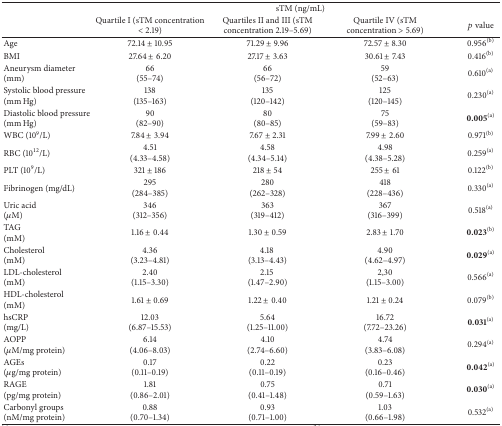
<table><thead><tr><td rowspan="2"><b> </b></td><td colspan="4"><b>sTM (ng/mL)</b></td></tr><tr><td><b>Quartile I (sTM concentration &lt; 2.19)</b></td><td><b>Quartiles II and III (sTM concentration 2.19–5.69)</b></td><td><b>Quartile IV (sTM concentration &gt; 5.69)</b></td><td><b><i>p</i> value</b></td></tr></thead><tbody><tr><td>Age</td><td>72.14 ± 10.95</td><td>71.29 ± 9.96</td><td>72.57 ± 8.30</td><td>0.956<sup>(b)</sup></td></tr><tr><td>BMI</td><td>27.64 ± 6.20</td><td>27.17 ± 3.63</td><td>30.61 ± 7.43</td><td>0.416<sup>(b)</sup></td></tr><tr><td>Aneurysm diameter (mm)</td><td>66(55–74)</td><td>66(56–72)</td><td>59(52–63)</td><td>0.610<sup>(a)</sup></td></tr><tr><td>Systolic blood pressure(mm Hg)</td><td>138(135–163)</td><td>135(120–142)</td><td>125(120–145)</td><td>0.230<sup>(a)</sup></td></tr><tr><td>Diastolic blood pressure(mm Hg)</td><td>90(82–90)</td><td>80(80–85)</td><td>75(59–83)</td><td>0.005<sup>(a)</sup></td></tr><tr><td>WBC (10<sup>9</sup>/L)</td><td>7.84 ± 3.94</td><td>7.67 ± 2.31</td><td>7.99 ± 2.60</td><td>0.971<sup>(b)</sup></td></tr><tr><td>RBC (10<sup>12</sup>/L)</td><td>4.51(4.33–4.58)</td><td>4.58(4.34–5.14)</td><td>4.98(4.38–5.28)</td><td>0.259<sup>(a)</sup></td></tr><tr><td>PLT (10<sup>9</sup>/L)</td><td>321 ± 186</td><td>218 ± 54</td><td>255 ± 61</td><td>0.122<sup>(b)</sup></td></tr><tr><td>Fibrinogen (mg/dL)</td><td>295(284–385)</td><td>280(262–328)</td><td>418(228–436)</td><td>0.330<sup>(a)</sup></td></tr><tr><td>Uric acid(<i>μ</i>M)</td><td>346(312–356)</td><td>363(319–412)</td><td>367(316–399)</td><td>0.518<sup>(a)</sup></td></tr><tr><td>TAG(mM)</td><td>1.16 ± 0.44</td><td>1.30 ± 0.59</td><td>2.83 ± 1.70</td><td>0.023<sup>(b)</sup></td></tr><tr><td>Cholesterol(mM)</td><td>4.36(3.23–4.81)</td><td>4.18 (3.13–4.43)</td><td>4.90(4.62–4.97)</td><td>0.029<sup>(a)</sup></td></tr><tr><td>LDL-cholesterol(mM)</td><td>2.40(1.15–3.30)</td><td>2.15 (1.47–2.90)</td><td>2,30(1.15–3.00)</td><td>0.566<sup>(a)</sup></td></tr><tr><td>HDL-cholesterol(mM)</td><td>1.61 ± 0.69</td><td>1.22 ± 0.40</td><td>1.21 ± 0.24</td><td>0.079<sup>(b)</sup></td></tr><tr><td>hsCRP(mg/L)</td><td>12.03(6.87–15.53)</td><td>5.64(1.25–11.00)</td><td>16.72(7.72–23.26)</td><td>0.031<sup>(a)</sup></td></tr><tr><td>AOPP(<i>μ</i>M/mg protein)</td><td>6.14(4.06–8.03)</td><td>4.10(2.74–6.60)</td><td>4.74(3.83–6.08)</td><td>0.294<sup>(a)</sup></td></tr><tr><td>AGEs(<i>μ</i>g/mg protein)</td><td>0.17(0.11–0.19)</td><td>0.22(0.11–0.19)</td><td>0.23(0.16–0.46)</td><td>0.042<sup>(a)</sup></td></tr><tr><td>RAGE(pg/mg protein)</td><td>1.81(0.86–2.01)</td><td>0.75(0.41–1.48)</td><td>0.71(0.59–1.63)</td><td>0.030<sup>(a)</sup></td></tr><tr><td>Carbonyl groups(nM/mg protein)</td><td>0.88(0.70–1.34)</td><td>0.93(0.71–1.00)</td><td>1.03(0.66–1.98)</td><td>0.532<sup>(a)</sup></td></tr></tbody></table>